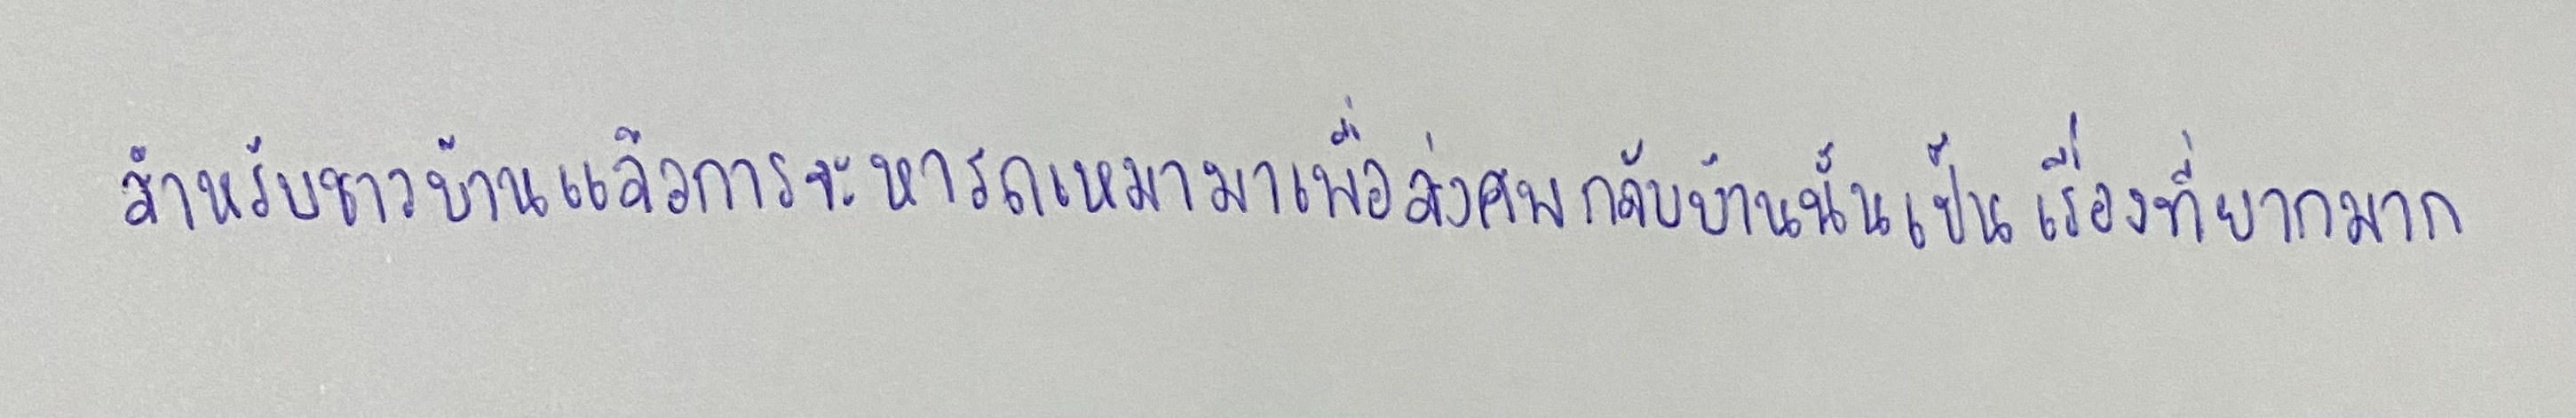
สำหรับชาวบ้านแล้วการจะหารถเหมามาเพื่อส่งศพกลับบ้านนั้นเป็นเรื่องที่ยากมาก